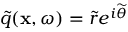
\widetilde { q } ( \mathbf { x } , \omega ) = \widetilde { r } e ^ { i \widetilde { \theta } }